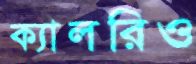
ক্যালরিও